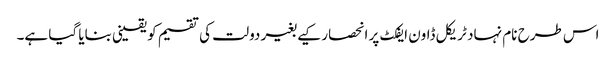
اس طرح نام نہاد ٹریکل ڈاون ایفکٹ پر انحصار کیے بغیر دولت کی تقسیم کو یقینی بنایا گیا ہے۔